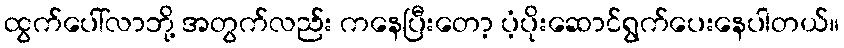
ထွက်ပေါ်လာဘို့ အတွက်လည်း ကနေပြီးတော့ ပံ့ပိုးဆောင်ရွက်ပေးနေပါတယ်။